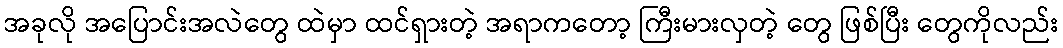
အခုလို အပြောင်းအလဲတွေ ထဲမှာ ထင်ရှားတဲ့ အရာကတော့ ကြီးမားလှတဲ့ တွေ ဖြစ်ပြီး တွေကိုလည်း